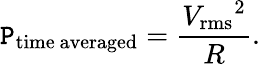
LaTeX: \mathtt{P}_{\mathrm{{time~averaged}}}={\frac{{{V_{\mathrm{{rms}}}}^{2}}}{{R}}}.